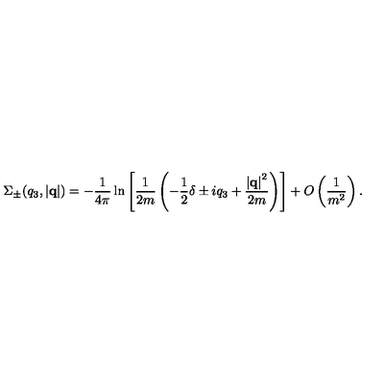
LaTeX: \Sigma _ { \pm } ( q _ { 3 } , \left| { \bf q } \right| ) = - \frac { 1 } { 4 \pi } \ln \left[ \frac { 1 } { 2 m } \left( - \frac { 1 } { 2 } \delta \pm i q _ { 3 } + \frac { \left| { \bf q } \right| ^ { 2 } } { 2 m } \right) \right] + O \left( \frac { 1 } { m ^ { 2 } } \right) .